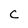
Character: C